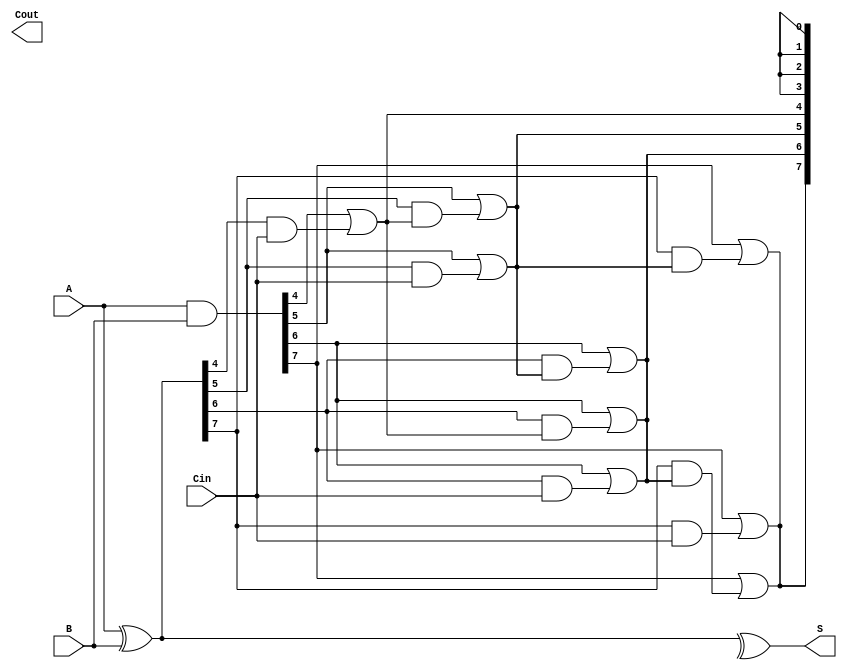
module KoggeStoneAdder #(parameter n = 8) (
    input [n-1:0] A,      // First operand
    input [n-1:0] B,      // Second operand
    input Cin,            // Carry-in
    output [n-1:0] S,     // Sum output
    output Cout           // Carry-out
);

    // Generate and Propagate signals
    wire [n-1:0] G; // Generate
    wire [n-1:0] P; // Propagate
    wire [n:0] C;   // Carry

    // Generate and Propagate calculations
    assign G = A & B;          // Generate
    assign P = A ^ B;          // Propagate
    assign C[0] = Cin;         // Initial carry-in

    // Kogge-Stone carry generation
    genvar i, j;
    generate
        for (j = 1; j <= $clog2(n); j = j + 1) begin : carry_stage
            for (i = 0; i < n; i = i + 1) begin : carry_gen
                if (i >= (1 << (j - 1))) begin
                    assign C[i] = G[i] | (P[i] & C[i - (1 << (j - 1))]);
                end else begin
                    assign C[i] = C[i - (1 << (j - 1))];
                end
            end
        end
    endgenerate

    // Sum calculation
    assign S = P ^ C[n-1:0]; // Sum output
    assign Cout = C[n];      // Carry-out

endmodule